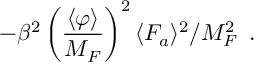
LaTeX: - \beta ^ { 2 } \left( \frac { \langle \varphi \rangle } { M _ { F } } \right) ^ { 2 } \langle F _ { a } \rangle ^ { 2 } / M _ { F } ^ { 2 } \, \, \, .